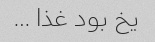
یخ بود غذا …